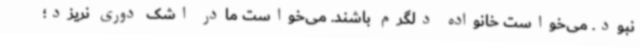
نبود. می‌خواست خانواده دلگرم باشند. می‌خواست مادر اشک دوری نریزد؛